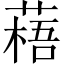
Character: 𫉎